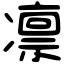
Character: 凛